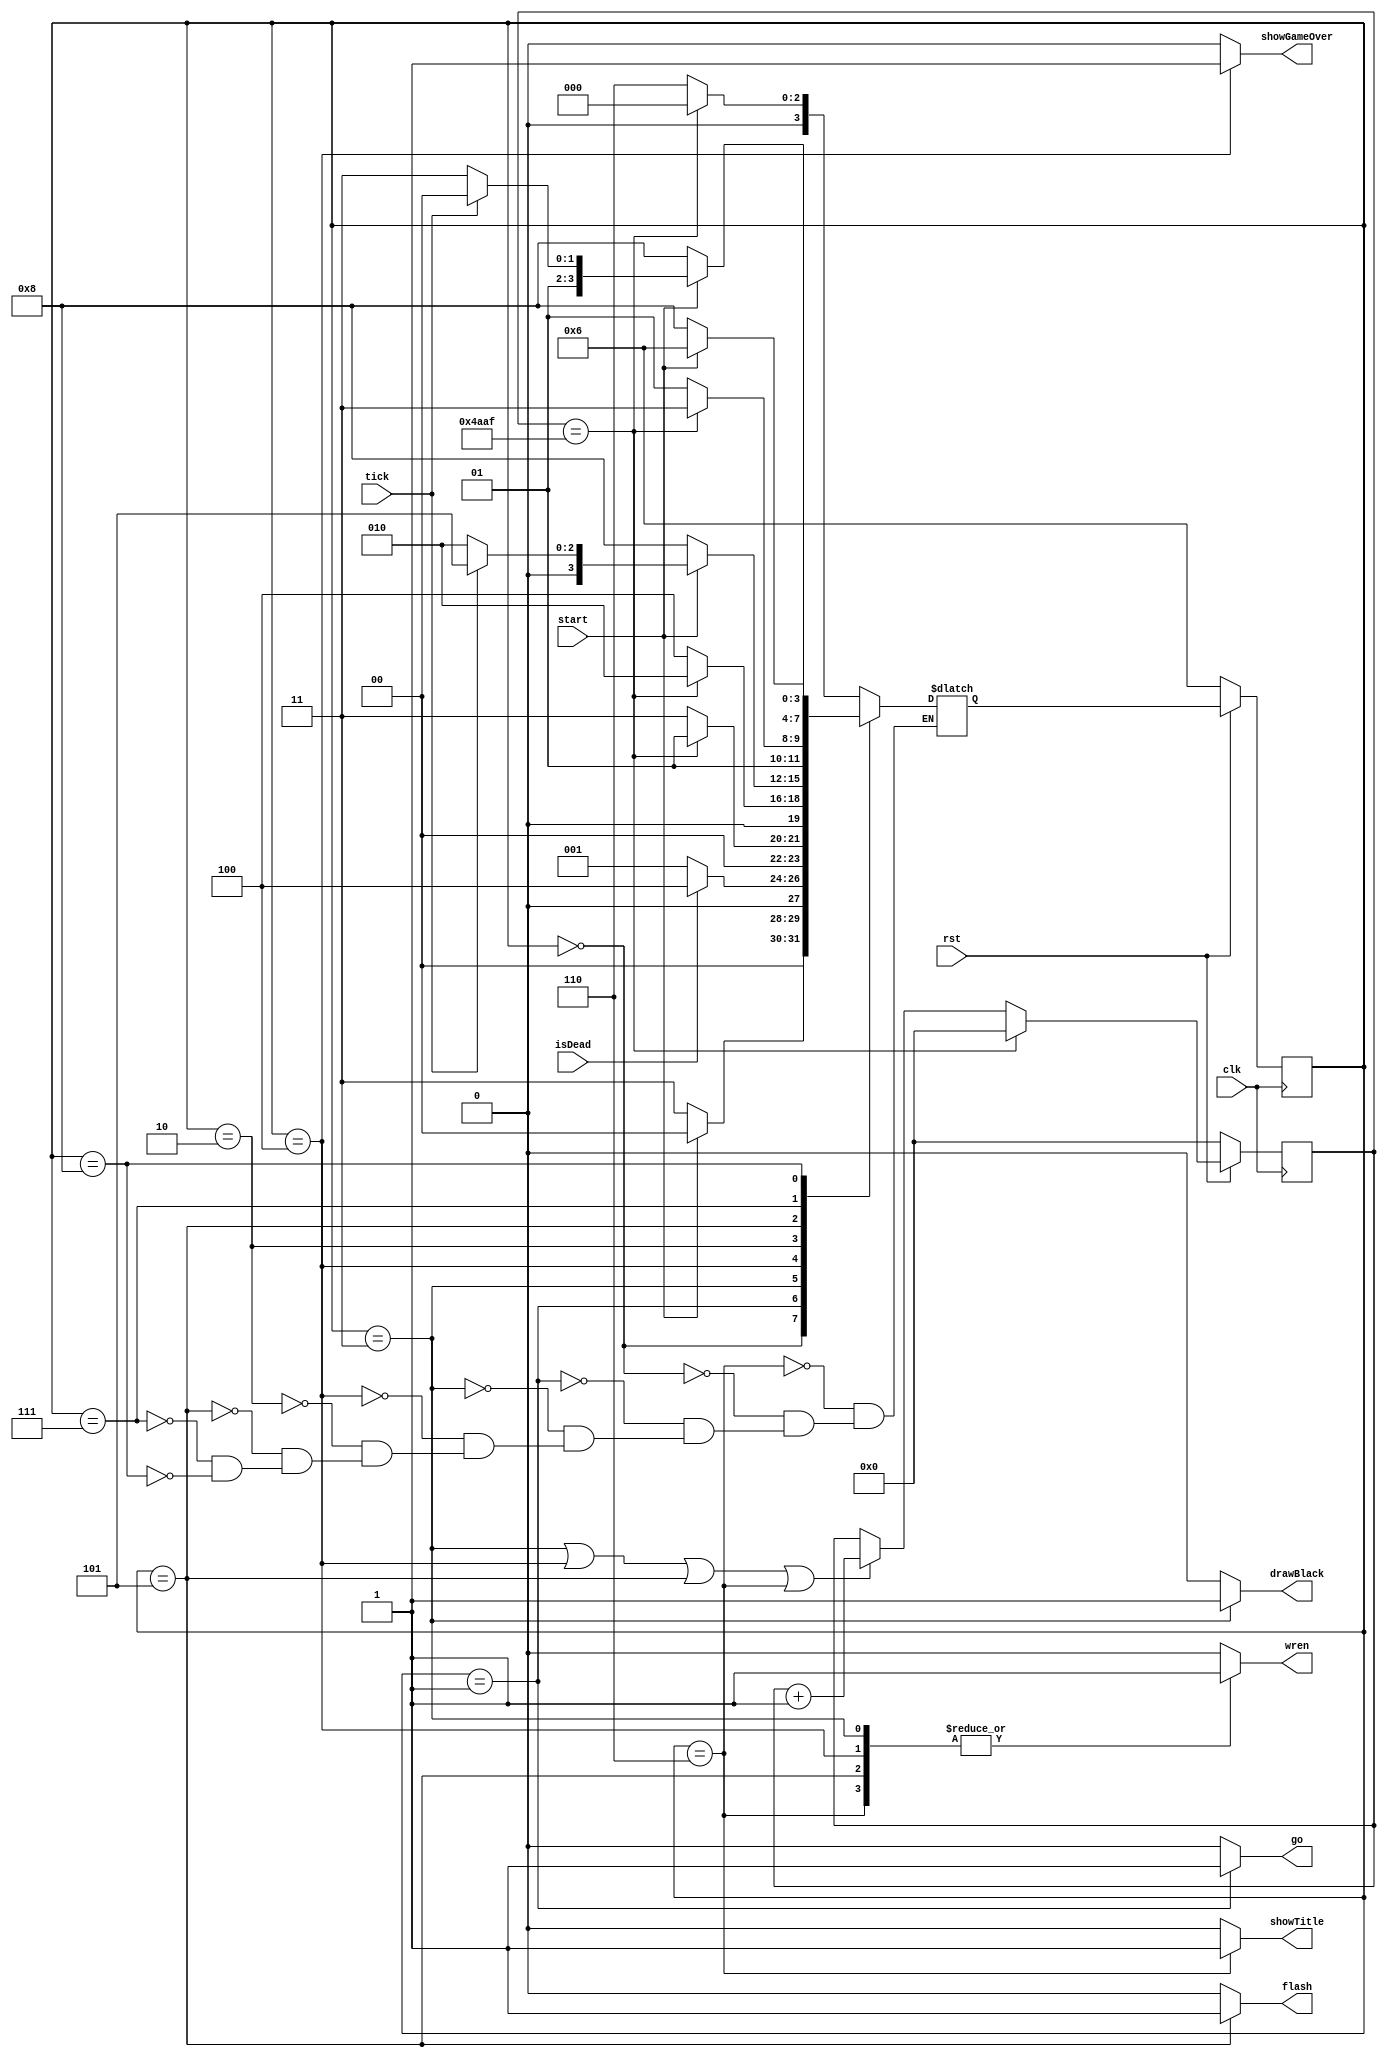
module splash(
		input clk,
		input rst,
		input isDead,
		input start,
		input tick,
		output reg showTitle,
		output reg drawBlack,
		output reg showGameOver,
		output reg flash,
		output reg go,
		output reg wren
	);
	localparam
		TITLE = 4'b0000, 
		WAIT = 4'b0001, 
		GAMEOVERWAIT = 4'b0010,
		DRAWBLACK = 4'b0011,
		DRAWGAMEOVER = 4'b0100,
		DRAWRED = 4'b0101,
		DRAWTITLE = 4'b0110,
		GAMEOVERFLASH = 4'b0111,	
		RESTARTWAIT = 4'b1000;

	reg [3:0] curr_state, next_state;
	reg [14:0] counter; 				//19119
	localparam IBELIEVEINMYCODE = 32'd19119;
	always @(*)
	begin
		case (curr_state)
			DRAWTITLE: next_state = counter == IBELIEVEINMYCODE ? TITLE : DRAWTITLE;
			TITLE: next_state = start ? TITLE : DRAWBLACK;
			WAIT: next_state = isDead ? DRAWGAMEOVER : WAIT;
			DRAWBLACK: next_state = counter == IBELIEVEINMYCODE ? WAIT : DRAWBLACK;
			DRAWGAMEOVER: next_state = counter == IBELIEVEINMYCODE ? GAMEOVERWAIT : DRAWGAMEOVER;
			GAMEOVERWAIT:
			begin
				if (~start)
			 		next_state = RESTARTWAIT;
			 	else if (tick)
			 		next_state = DRAWRED;
			 	else
			 		next_state = GAMEOVERWAIT;
			end 
			DRAWRED: next_state = counter == IBELIEVEINMYCODE ? GAMEOVERFLASH : DRAWRED;
			GAMEOVERFLASH:
			begin
				if (~start)
			 		next_state = RESTARTWAIT;
			 	else if (tick)
			 		next_state = DRAWGAMEOVER;
			 	else
			 		next_state = GAMEOVERFLASH;
			end
			RESTARTWAIT: next_state = start ? DRAWTITLE : RESTARTWAIT;
		endcase
	end

	always @(*)
	begin
		go = 0;
		drawBlack = 0;
		showGameOver = 0;
		showTitle = 0;
		flash = 0;
		wren = 0;
		case (curr_state)
			DRAWTITLE:
			begin
				showTitle = 1;
				wren = 1;
			end
			DRAWBLACK:
		    begin
				drawBlack = 1;
				wren = 1;
			end
			DRAWRED:
			begin 
				flash = 1;
				wren = 1;
			end
			WAIT: go = 1;
			DRAWGAMEOVER: 
			begin
				showGameOver = 1;
				wren = 1;
			end
		endcase
	end

	always @(posedge clk)
	begin
		if (!rst)
		begin
			curr_state <= DRAWTITLE;
			counter <= 0;
		end
		else
		begin
			curr_state <= next_state;
			if (counter == IBELIEVEINMYCODE)
				counter <= 0;
			else
				if (curr_state == DRAWBLACK || curr_state == DRAWGAMEOVER ||
						curr_state == DRAWRED || curr_state == DRAWTITLE)
					counter <= counter + 1;
		end
	end
endmodule